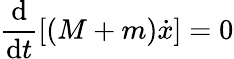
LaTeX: \frac{\textrm{d}}{\textrm{d}t}\left[(M+m)\dot{x}\right]=0